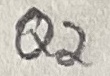
Text: Q2